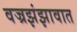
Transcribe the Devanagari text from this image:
वज्रझंझावात